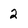
Character: 2